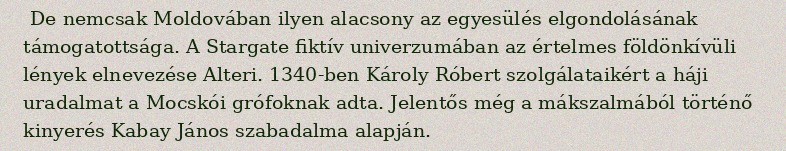
De nemcsak Moldovában ilyen alacsony az egyesülés elgondolásának támogatottsága. A Stargate fiktív univerzumában az értelmes földönkívüli lények elnevezése Alteri. 1340-ben Károly Róbert szolgálataikért a háji uradalmat a Mocskói grófoknak adta. Jelentős még a mákszalmából történő kinyerés Kabay János szabadalma alapján.